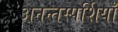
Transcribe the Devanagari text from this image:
अनन्तस्पर्शियाँ